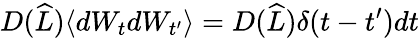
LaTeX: D(\widehat{L})\langle dW_{t}dW_{t^{\prime}}\rangle=D(\widehat{L})\delta(t-t^{\prime})dt